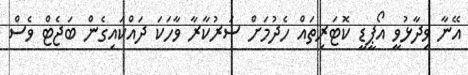
އޭނާ ވިދާޅުވީ އޯޕީޑީ ކޮޓަރިތައް ހެދުމަށް ސަރުކާރާ ވާހަކަ ދައްކައިގެން ބަޖެޓް ވެސް